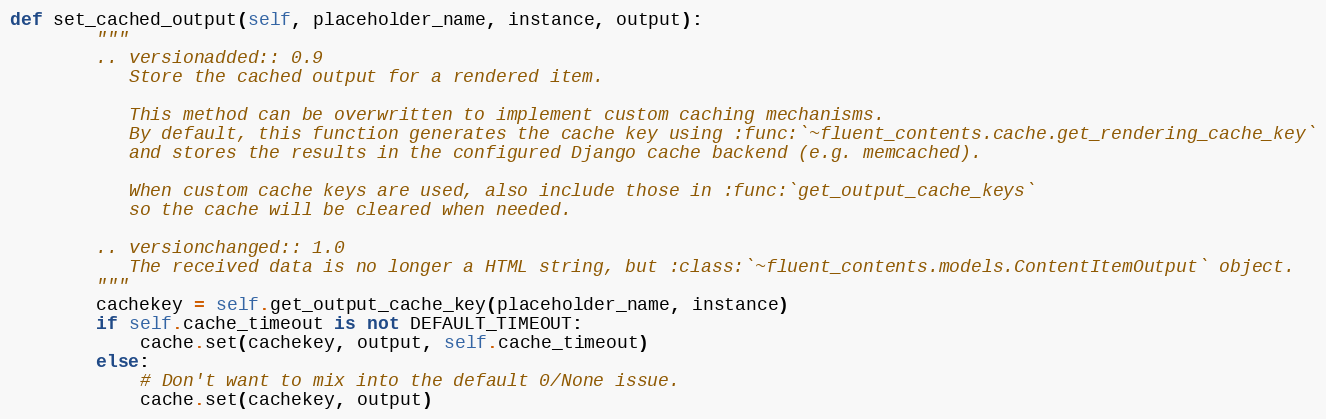
Language: Python
def set_cached_output(self, placeholder_name, instance, output):
        """
        .. versionadded:: 0.9
           Store the cached output for a rendered item.

           This method can be overwritten to implement custom caching mechanisms.
           By default, this function generates the cache key using :func:`~fluent_contents.cache.get_rendering_cache_key`
           and stores the results in the configured Django cache backend (e.g. memcached).

           When custom cache keys are used, also include those in :func:`get_output_cache_keys`
           so the cache will be cleared when needed.

        .. versionchanged:: 1.0
           The received data is no longer a HTML string, but :class:`~fluent_contents.models.ContentItemOutput` object.
        """
        cachekey = self.get_output_cache_key(placeholder_name, instance)
        if self.cache_timeout is not DEFAULT_TIMEOUT:
            cache.set(cachekey, output, self.cache_timeout)
        else:
            # Don't want to mix into the default 0/None issue.
            cache.set(cachekey, output)